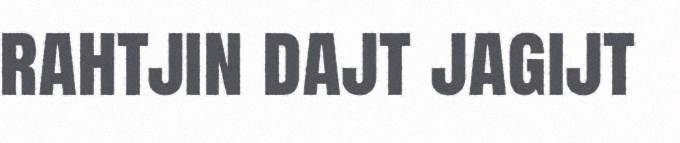
rahtjin dajt jagijt